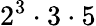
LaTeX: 2^{3}\cdot 3\cdot 5